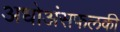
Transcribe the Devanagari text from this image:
अधोअंसफलकी